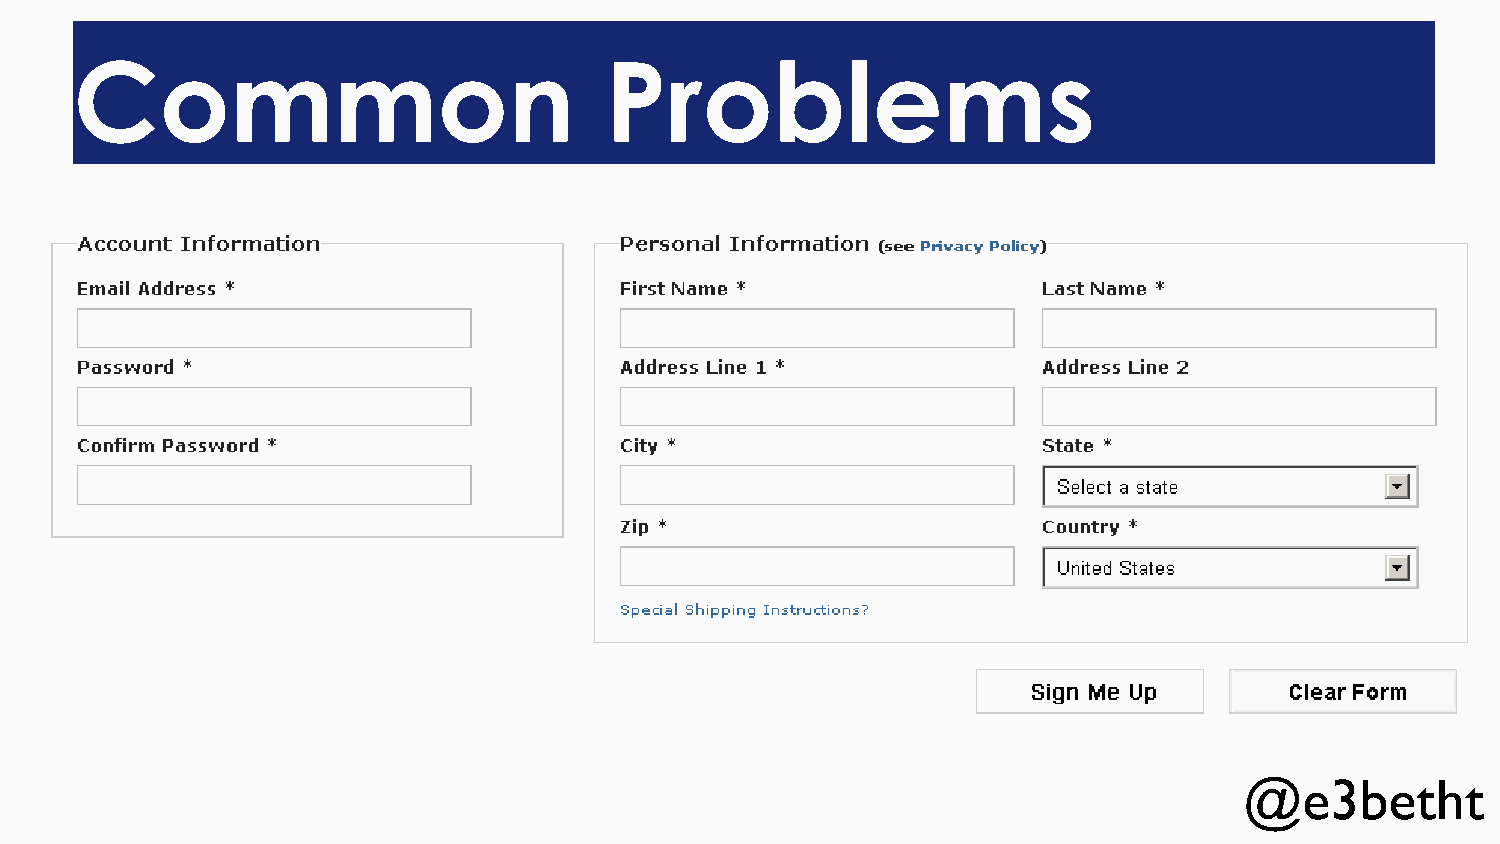
Common                             Problems
 @e3betht